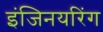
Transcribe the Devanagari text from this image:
इंजिनयरिंग